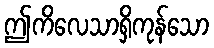
ဤကိလေသာရှိကုန်သော